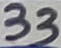
Text: 33